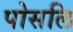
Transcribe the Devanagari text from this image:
पोसलि